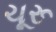
ચૂરૂ